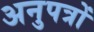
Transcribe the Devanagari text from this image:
अनुपत्रों